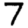
Digit: 7